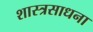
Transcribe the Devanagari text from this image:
शास्त्रसाधना